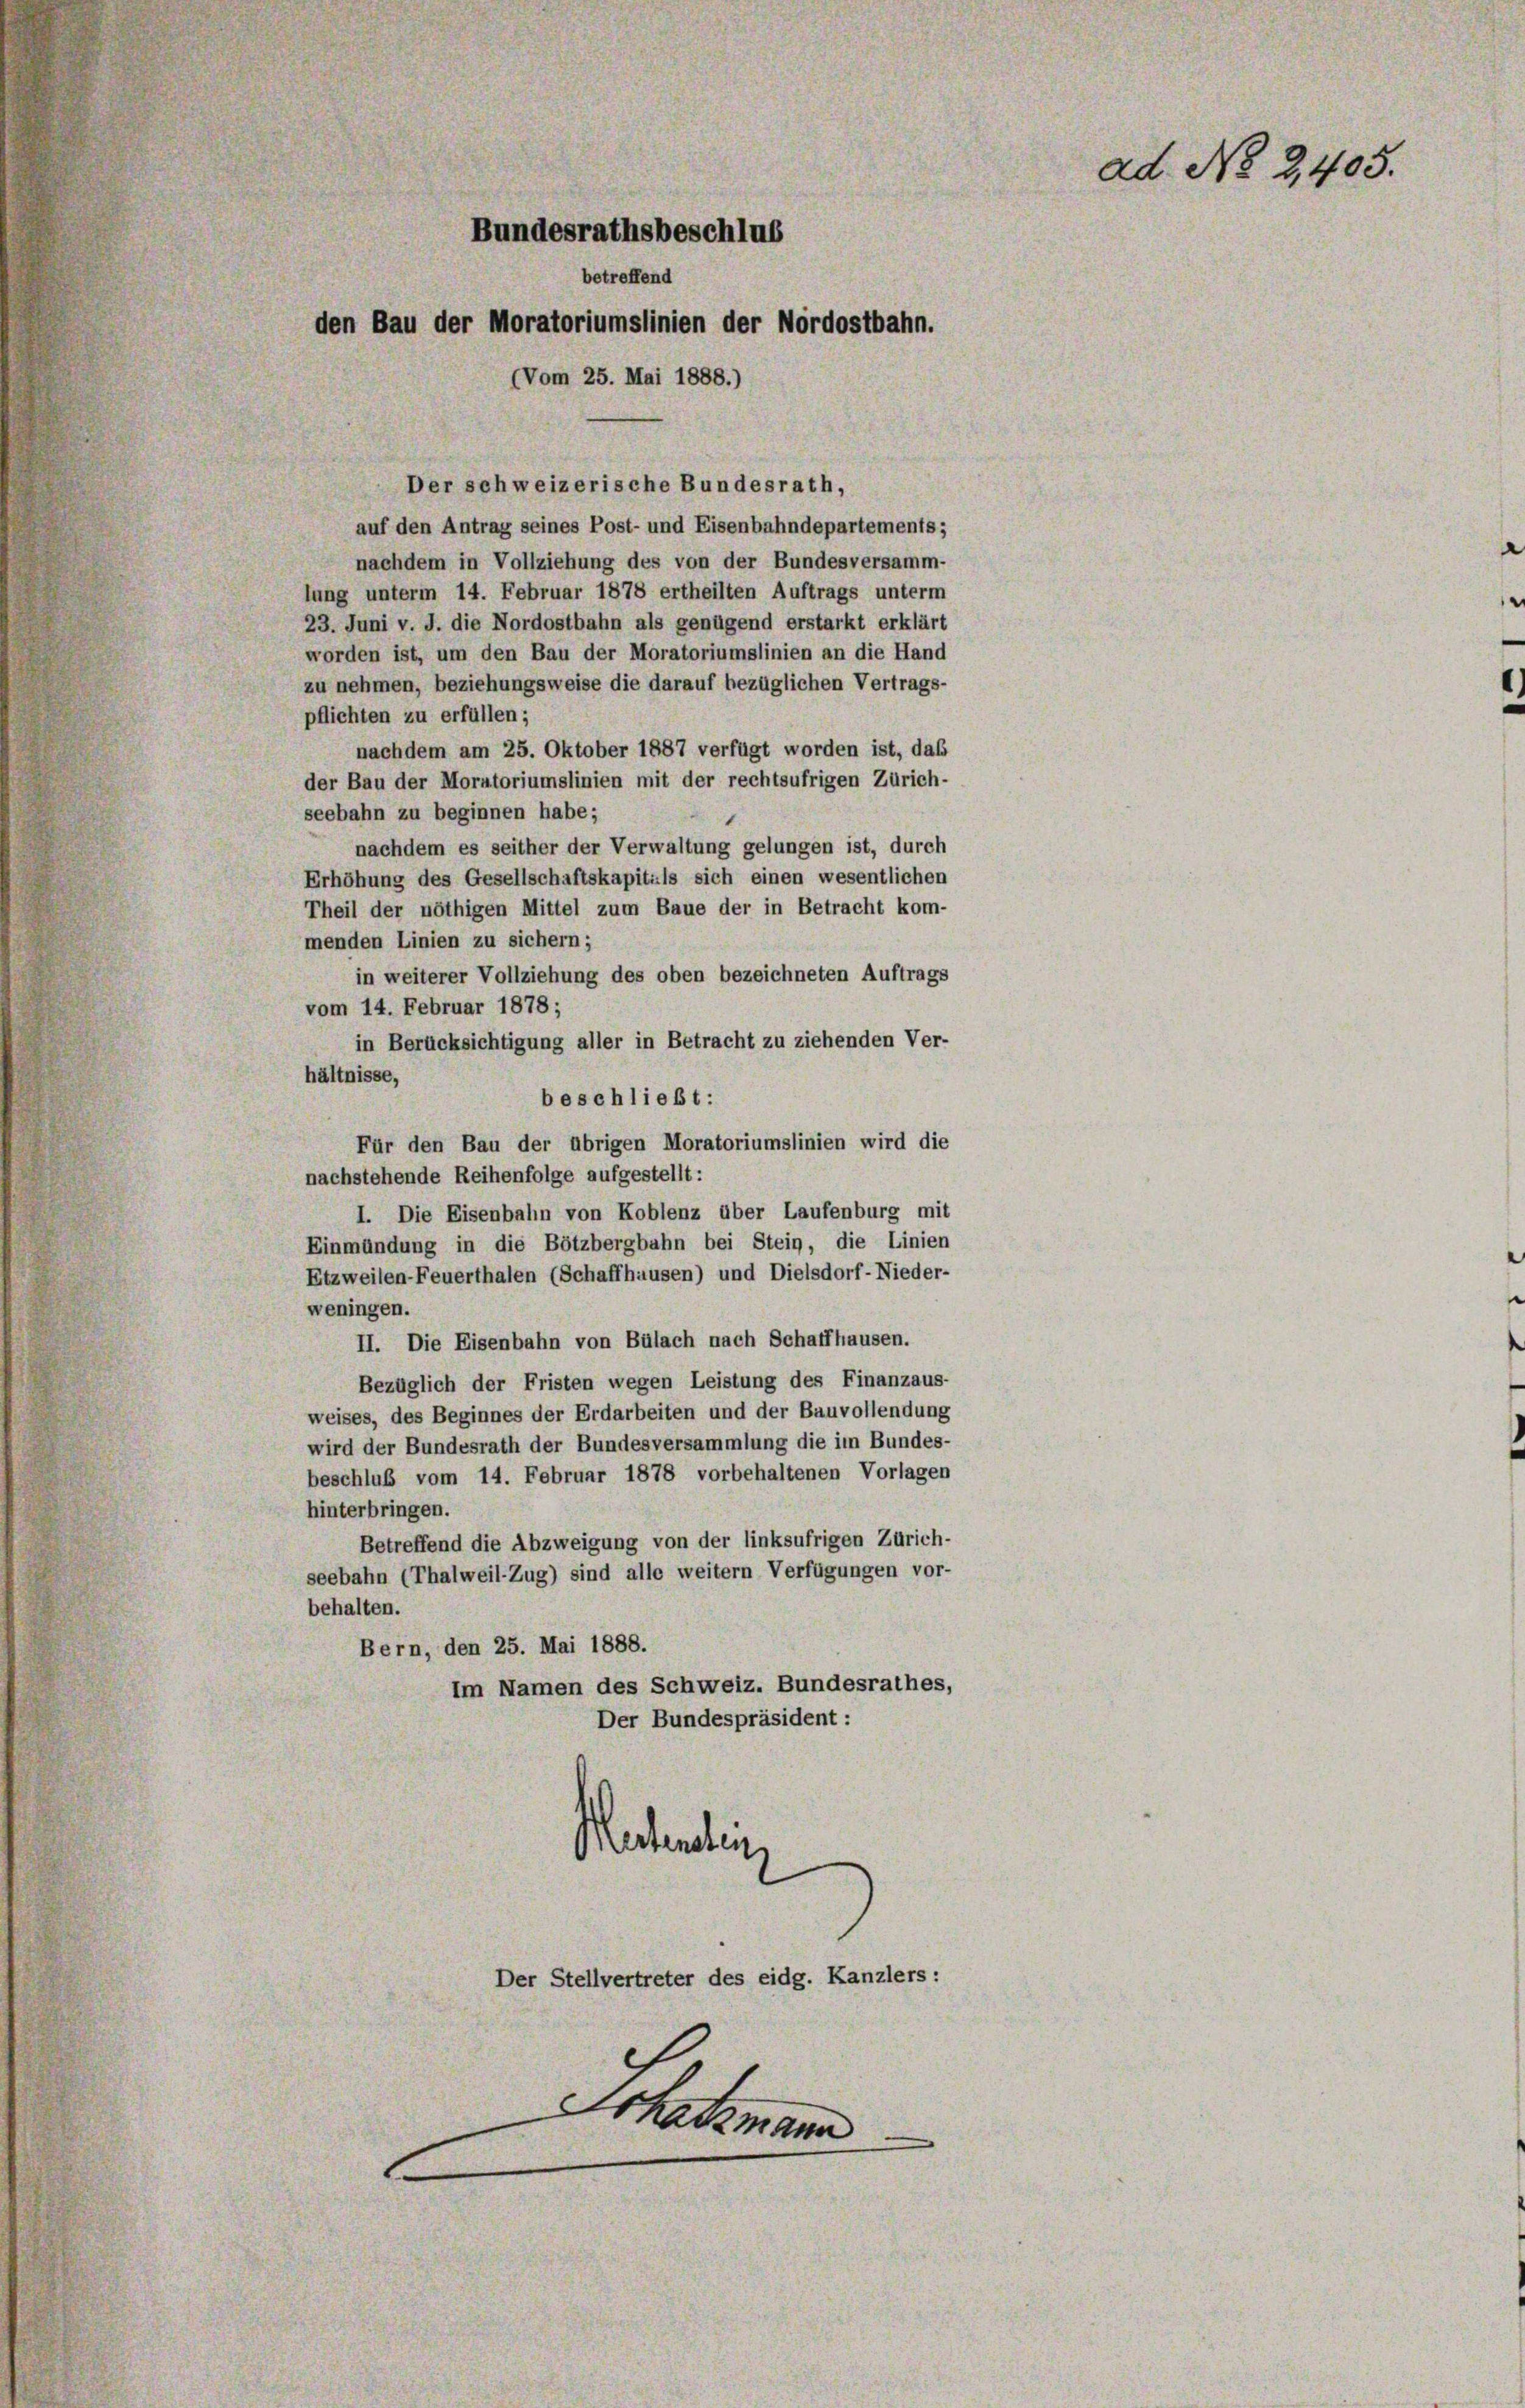
Bundesrathsbeschlus
betreffend
den Bau der Moratoriumslinien der Nordostbahn.
(Vom 25. Mai 1888.)

Der schweizerische Bundesrath,
auf den Antrag seines Post- und Eisenbahndepartements;
nachdem in Vollziehung des von der Bundesversamm-
lung unterm 14. Februar 1878 ertheilten Auftrags unterm
23. Juni v. J. die Nordostbahn als genügend erstarkt erklärt
worden ist, um den Bau der Moratoriumslinien an die Hand
zu nehmen, beziehungsweise die darauf bezüglichen Vertrags-
pflichten zu erfüllen;
nachdem am 25. Oktober 1887 verfügt worden ist, daß
der Bau der Moratoriumslinien mit der rechtsufrigen Zürich-
seebahn zu beginnen habe;
nachdem es seither der Verwaltung gelungen ist, durch
Erhöhung des Gesellschaftskapitals sich einen wesentlichen
Theil der nöthigen Mittel zum Baue der in Betracht kom-
menden Linien zu sichern;
in weiterer Vollziehung des oben bezeichneten Auftrags
vom 14. Februar 1878;
in Berücksichtigung aller in Betracht zu ziehenden Ver-
hältnisse,
beschließt:
Für den Bau der übrigen Moratoriumslinien wird die
nachstehende Reihenfolge aufgestellt:
I. Die Eisenbahn von Koblenz über Laufenburg mit
Einmündung in die Bötzbergbahn bei Stein, die Linien
Etzweilen-Feuerthalen (Schaffhausen) und Dielsdorf-Nieder-
weningen.
II. Die Eisenbahn von Bülach nach Schaffhausen.
Bezüglich der Fristen wegen Leistung des Finanzaus-
weises, des Beginnes der Erdarbeiten und der Bauvollendung
wird der Bundesrath der Bundesversammlung die im Bundes-
beschluß vom 14. Februar 1878 vorbehaltenen Vorlagen
hinterbringen.
Betreffend die Abzweigung von der linksufrigen Zürich-
seebahn (Thalweil-Zug) sind alle weitern Verfügungen vor-
behalten.
Bern, den 25. Mai 1888.
Im Namen des Schweiz. Bundesrathes,
Der Bundespräsident:
Mechandlein

Der Stellvertreter des eidg. Kanzlers:
Schatzmann

ad No 2405.